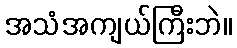
အသံအကျယ်ကြီးဘဲ။